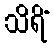
သိရိံ